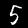
Digit: 5